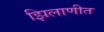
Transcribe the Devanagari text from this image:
झिलाणीत